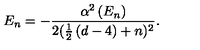
E _ { n } = - \frac { \alpha ^ { 2 } \left( E _ { n } \right) } { 2 ( \frac 1 2 \left( d - 4 \right) + n ) ^ { 2 } } .